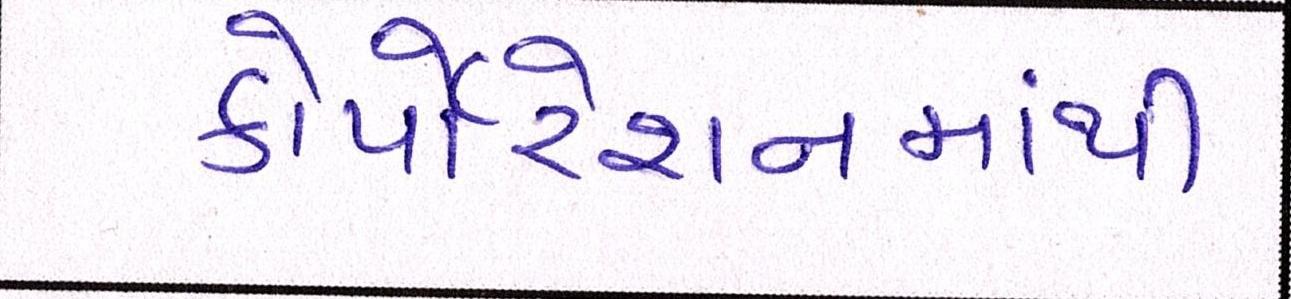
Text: કોર્પોરેશનમાંથી